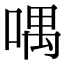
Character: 喁